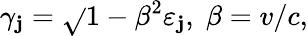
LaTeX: \gamma_{\mathbf{j}}=\sqrt{}{{1-\beta^{2}\varepsilon_{\mathbf{j}}}},\; \beta=v/c,